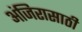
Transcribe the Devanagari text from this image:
अंजिरासाठी